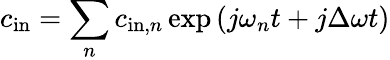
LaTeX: c_{\mathrm{in}}=\sum_{n}c_{\mathrm{in},n}\exp{(j\omega_{n}t+j\Delta\omega t)}